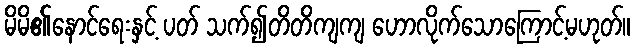
မိမိ၏နောင်ရေးနှင့် ပတ် သက်၍တိတိကျကျ ဟောလိုက်သောကြောင့်မဟုတ်။